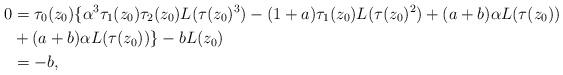
LaTeX: \begin{align*}0 & = \tau_0(z_0) \{\alpha^3 \tau_1(z_0) \tau_2(z_0) L(\tau(z_0)^3) - (1+a) \tau_1(z_0) L(\tau(z_0)^2) + (a+b) \alpha L(\tau(z_0))\\& + (a+b) \alpha L(\tau(z_0))\} - b L(z_0)\\& = -b,\end{align*}